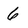
Character: 6